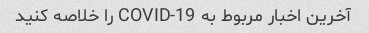
آخرین اخبار مربوط به COVID-19 را خلاصه کنید